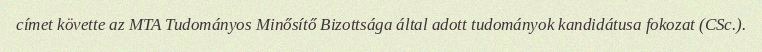
címet követte az MTA Tudományos Minősítő Bizottsága által adott tudományok kandidátusa fokozat (CSc.).